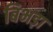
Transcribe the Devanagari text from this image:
बिभड़ा